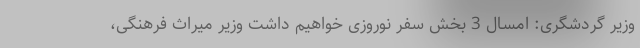
وزیر گردشگری: امسال 3 بخش سفر نوروزی خواهیم داشت وزیر میراث فرهنگی،